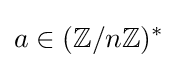
a\in (\mathbb {Z} /n\mathbb {Z} )^{*}